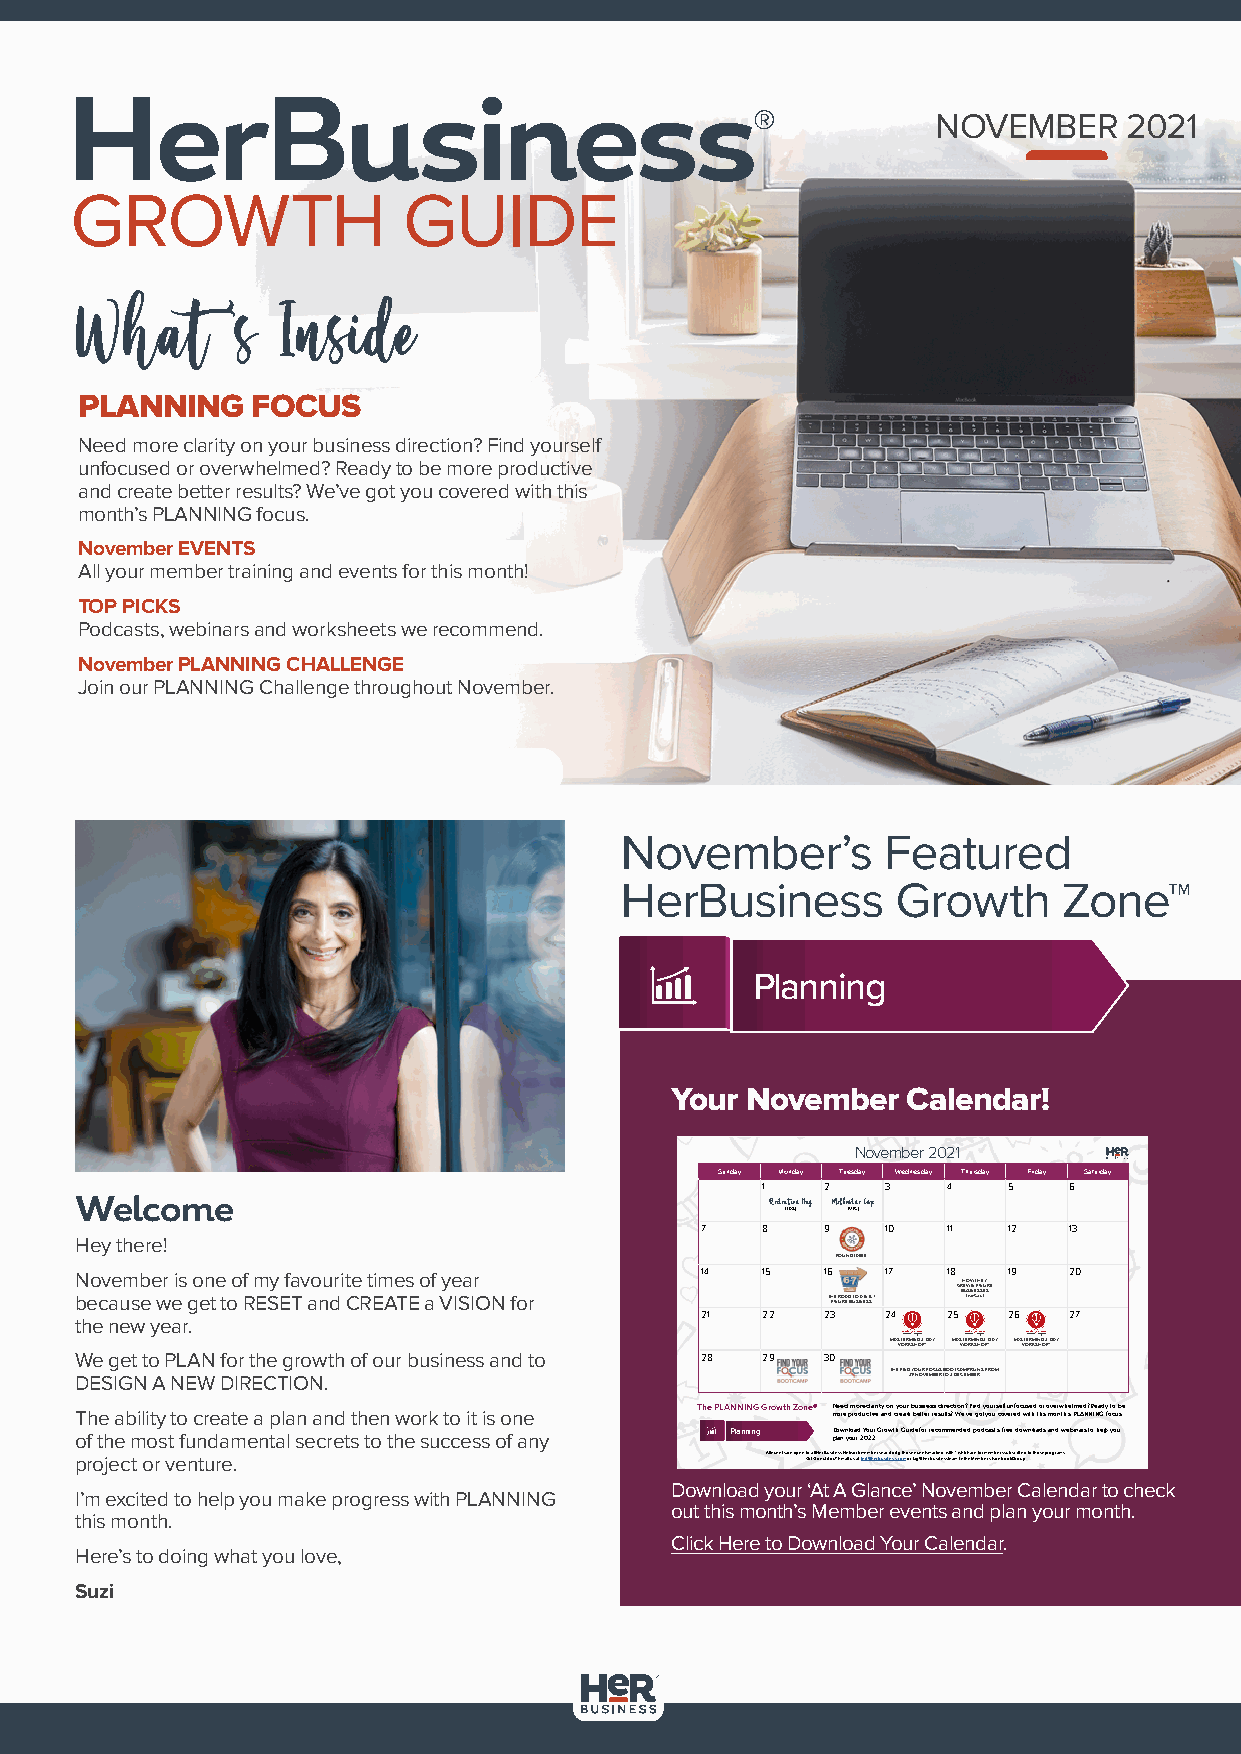
HerBusiness®
 NOVEMBER     2021
 GROWTH                GUIDE
 What      ’s Inside
 PLANNING    FOCUS
 Need more clarity on your business direction? Find yourself
 unfocused or overwhelmed? Ready to be more productive
 and create better results? We’ve got you covered with this
 month’s PLANNING focus.
 November EVENTS
 All your member training and events for this month!
 TOP PICKS
 Podcasts, webinars and worksheets we recommend.
 November PLANNING CHALLENGE
 Join our PLANNING Challenge throughout November.
 November’s       Featured
 HerBusiness       Growth     Zone™
 Planning
 Your November   Calendar!
 November 2021
 Sunday Monday Tuesday Wednesday Thursday Friday Saturday
 1    2   3   4   5   6
 Welcome                                       Recreation Day Melbourne Cup
 (TAS) (VIC)
 7   8    9   10  11  12  13
 Hey there!
 ROUNDTABLE
 November is one of my favourite times of year 14 15 16 17 18  19  20
 because we get to RESET and CREATE a VISION for   THFIEG RUORAE DB UTOSI NAE 6S &S 7 GRBHEULOWSivW I Ne6 C-ETFSaHIG sSE tEUY SR E
 the new year.                            21  22   23  24  25  26  27
 MASWTOMEaRr RkeMKtin SgI NS HuccDOess 3P-*DAY MASWTOMEaRr RkeMKtin SgI NS HuccDOess 3P-*DAY MASWTOMEaRr RkeMKtin SgI NS HuccDOess 3P-*DAY
 We get to PLAN for the growth of our business and to 28 29 30
 DESIGN A NEW DIRECTION.
 THE FIND2 9Y ONUORV EFMOCBUERS TBOO O3 TDCEACMEMP BREURNS FROM
 The ability to create a plan and then work to it is one The PLANNING Growth Zone® N me oe red pm roo dre u cc tl ia vr eit ay n o dn c y reo au tr e b bu es ti tn ee rs rs e sd uir le tsc ?t i Won e? ’v F ei n gd o ty yo ou urs ce olf v u en refo dc wus ite hd t ho ir s o mv oer nw thh ’se l Pm Le Ad N? N R Ie Na Gd y fo t co u b s.e
 of the most fundamental secrets to the success of any Planning D plo aw n n yl oo ua rd 2 Y 0o 2u 2r . Growth Guide for recommended podcasts, free downloads and webinars to help you
 project or venture.                           All events are open Gtoo at lQl HueersBtiuosnins?e sEsm Naeil tuwso arkt imnfeom@bheerrsb uesxicnleusdsin.cgo tmh oosre t aegv e@nhtse rmbaurskineeds wstietha m* w inh itchhe aMree mfobr emres mFabceerbs osoukb sGcrroibuepd. to those programs.
 Download your ‘At A Glance’ November Calendar to check
 I’m excited to help you make progress with PLANNING
 out this month’s Member events and plan your month.
 this month.
 Click Here to Download Your Calendar.
 Here’s to doing what you love,
 Suzi